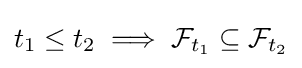
t_{1}\leq t_{2}\implies {\mathcal {F}}_{t_{1}}\subseteq {\mathcal {F}}_{t_{2}}